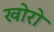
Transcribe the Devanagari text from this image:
खोरो